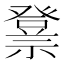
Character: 𱵫